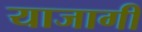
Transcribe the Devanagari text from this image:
याजागी